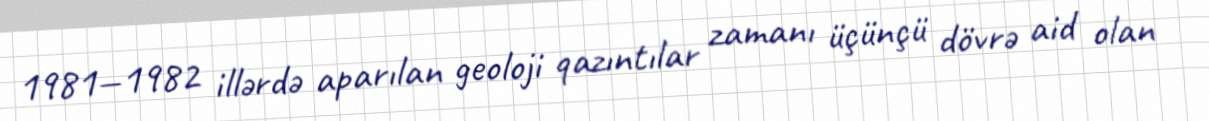
1981—1982 illərdə aparılan geoloji qazıntılar zamanı üçünçü dövrə aid olan